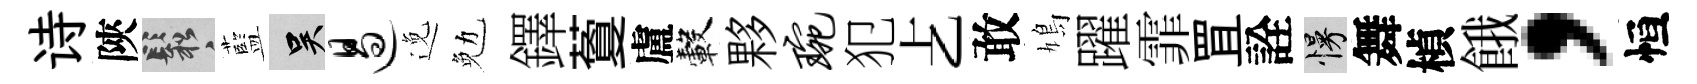
诗陝鬆藍吴遏𨓜勉鐸藑盧轂夥琬犯𠧒敢鳩躍霏罝詮慢舞楨餓，恒